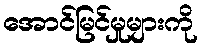
အောင်မြင်မှုများကို